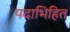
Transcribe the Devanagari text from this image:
पदाभिहित